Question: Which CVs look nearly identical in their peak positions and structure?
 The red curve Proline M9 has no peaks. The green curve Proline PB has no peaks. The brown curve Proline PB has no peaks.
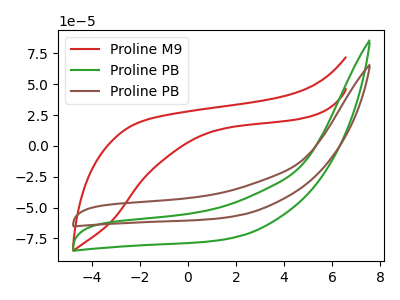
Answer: <think>Neither "Proline M9" or "Proline PB" have any peaks. Neither "Proline M9" or "Proline PB" have any peaks. Neither "Proline PB" or "Proline PB" have any peaks.
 </think>
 <answer>"Proline PB", "Proline M9" and "Proline PB" have the same shape and are likely CV's of the same chemical.</answer>
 <eval>"Proline PB" "Proline M9" "Proline PB"</eval>